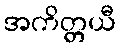
အကိတ္တယီ